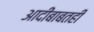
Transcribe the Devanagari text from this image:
आदींबाबतही